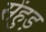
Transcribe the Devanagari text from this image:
सेंहुड़